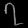
Digit: ၇